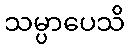
သမ္ပာပေသိ